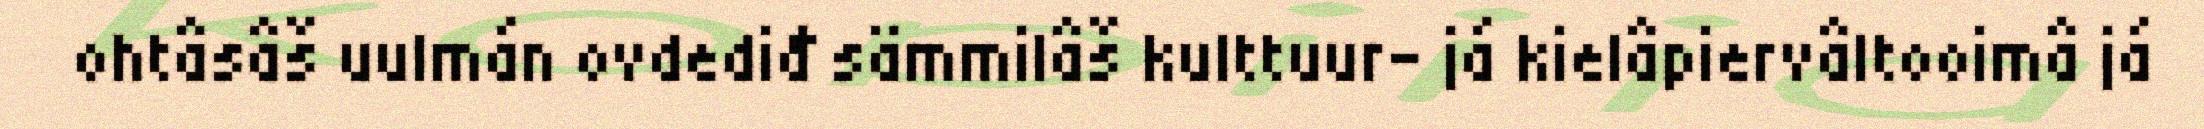
ohtâsâš uulmán ovdediđ sämmilâš kulttuur- já kielâpiervâltooimâ já